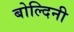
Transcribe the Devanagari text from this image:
बोल्दिनी